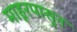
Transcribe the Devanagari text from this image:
माहूरपासून